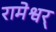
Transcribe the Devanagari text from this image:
रामेश्वर्